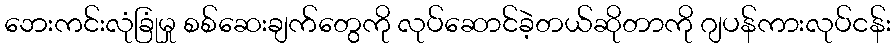
ဘေးကင်းလုံခြုံမှု စစ်ဆေးချက်တွေကို လုပ်ဆောင်ခဲ့တယ်ဆိုတာကို ဂျပန်ကားလုပ်ငန်း